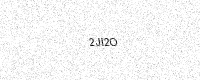
Text: 2JI2O